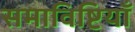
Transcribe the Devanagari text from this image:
समाविष्टियाँ